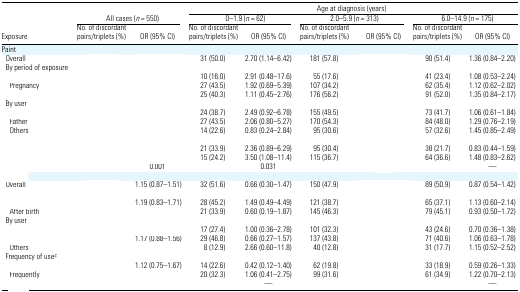
<table><thead><tr><td>[EMPTY_CELL]</td><td colspan="2">[EMPTY_CELL]</td><td colspan="6"><b>Age at diagnosis (years)</b></td></tr><tr><td>[EMPTY_CELL]</td><td colspan="2"><b>All cases (<i>n</i> = 550)</b></td><td colspan="2"><b>0–1.9 (<i>n</i> = 62)</b></td><td colspan="2"><b>2.0–5.9 (<i>n</i> = 313)</b></td><td colspan="2"><b>6.0–14.9 (<i>n</i> = 175)</b></td></tr><tr><td><b>Exposure</b></td><td><b>No. of discordant pairs/triplets (%)</b></td><td><b>OR (95% CI)</b></td><td><b>No. of discordant pairs/triplets (%)</b></td><td><b>OR (95% CI)</b></td><td><b>No. of discordant pairs/triplets (%)</b></td><td><b>OR (95% CI)</b></td><td><b>No. of discordant pairs/triplets (%)</b></td><td><b>OR (95% CI)</b></td></tr></thead><tbody><tr><td colspan="9">Paint</td></tr><tr><td> Overall</td><td>[EMPTY_CELL]</td><td>[EMPTY_CELL]</td><td>31 (50.0)</td><td>2.70 (1.14–6.42)</td><td>181 (57.8)</td><td>[EMPTY_CELL]</td><td>90 (51.4)</td><td>1.36 (0.84–2.20)</td></tr><tr><td colspan="9"> By period of exposure</td></tr><tr><td>[EMPTY_CELL]</td><td>[EMPTY_CELL]</td><td>[EMPTY_CELL]</td><td>10 (16.0)</td><td>2.91 (0.48–17.6)</td><td>55 (17.6)</td><td>[EMPTY_CELL]</td><td>41 (23.4)</td><td>1.08 (0.53–2.24)</td></tr><tr><td>Pregnancy</td><td>[EMPTY_CELL]</td><td>[EMPTY_CELL]</td><td>27 (43.5)</td><td>1.92 (0.69–5.39)</td><td>107 (34.2)</td><td>[EMPTY_CELL]</td><td>62 (35.4)</td><td>1.12 (0.62–2.02)</td></tr><tr><td>[EMPTY_CELL]</td><td>[EMPTY_CELL]</td><td>[EMPTY_CELL]</td><td>25 (40.3)</td><td>1.11 (0.45–2.76)</td><td>176 (56.2)</td><td>[EMPTY_CELL]</td><td>91 (52.0)</td><td>1.35 (0.84–2.17)</td></tr><tr><td colspan="9"> By user</td></tr><tr><td>[EMPTY_CELL]</td><td>[EMPTY_CELL]</td><td>[EMPTY_CELL]</td><td>24 (38.7)</td><td>2.49 (0.92–6.78)</td><td>155 (49.5)</td><td>[EMPTY_CELL]</td><td>73 (41.7)</td><td>1.06 (0.61–1.84)</td></tr><tr><td>Father</td><td>[EMPTY_CELL]</td><td>[EMPTY_CELL]</td><td>27 (43.5)</td><td>2.06 (0.80–5.27)</td><td>170 (54.3)</td><td>[EMPTY_CELL]</td><td>84 (48.0)</td><td>1.29 (0.76–2.19)</td></tr><tr><td>Others</td><td>[EMPTY_CELL]</td><td>[EMPTY_CELL]</td><td>14 (22.6)</td><td>0.83 (0.24–2.84)</td><td>95 (30.6)</td><td>[EMPTY_CELL]</td><td>57 (32.6)</td><td>1.45 (0.85–2.49)</td></tr><tr><td colspan="9">[EMPTY_CELL]</td></tr><tr><td>[EMPTY_CELL]</td><td>[EMPTY_CELL]</td><td>[EMPTY_CELL]</td><td>21 (33.9)</td><td>2.36 (0.89–6.29)</td><td>95 (30.4)</td><td>[EMPTY_CELL]</td><td>38 (21.7)</td><td>0.83 (0.44–1.59)</td></tr><tr><td>[EMPTY_CELL]</td><td>[EMPTY_CELL]</td><td>[EMPTY_CELL]</td><td>15 (24.2)</td><td>3.50 (1.08–11.4)</td><td>115 (36.7)</td><td>[EMPTY_CELL]</td><td>64 (36.6)</td><td>1.48 (0.83–2.62)</td></tr><tr><td>[EMPTY_CELL]</td><td>[EMPTY_CELL]</td><td>0.001</td><td>[EMPTY_CELL]</td><td>0.031</td><td>[EMPTY_CELL]</td><td>[EMPTY_CELL]</td><td>[EMPTY_CELL]</td><td>—</td></tr><tr><td colspan="9">[EMPTY_CELL]</td></tr><tr><td> Overall</td><td>[EMPTY_CELL]</td><td>1.15 (0.87–1.51)</td><td>32 (51.6)</td><td>0.66 (0.30–1.47)</td><td>150 (47.9)</td><td>[EMPTY_CELL]</td><td>89 (50.9)</td><td>0.87 (0.54–1.42)</td></tr><tr><td colspan="9">[EMPTY_CELL]</td></tr><tr><td>[EMPTY_CELL]</td><td>[EMPTY_CELL]</td><td>1.19 (0.83–1.71)</td><td>28 (45.2)</td><td>1.49 (0.49–4.49)</td><td>121 (38.7)</td><td>[EMPTY_CELL]</td><td>65 (37.1)</td><td>1.13 (0.60–2.14)</td></tr><tr><td>After birth</td><td>[EMPTY_CELL]</td><td>[EMPTY_CELL]</td><td>21 (33.9)</td><td>0.60 (0.19–1.87)</td><td>145 (46.3)</td><td>[EMPTY_CELL]</td><td>79 (45.1)</td><td>0.93 (0.50–1.72)</td></tr><tr><td colspan="9"> By user</td></tr><tr><td>[EMPTY_CELL]</td><td>[EMPTY_CELL]</td><td>[EMPTY_CELL]</td><td>17 (27.4)</td><td>1.00 (0.36–2.78)</td><td>101 (32.3)</td><td>[EMPTY_CELL]</td><td>43 (24.6)</td><td>0.70 (0.36–1.38)</td></tr><tr><td>[EMPTY_CELL]</td><td>[EMPTY_CELL]</td><td>1.17 (0.88–1.56)</td><td>29 (46.8)</td><td>0.66 (0.27–1.57)</td><td>137 (43.8)</td><td>[EMPTY_CELL]</td><td>71 (40.6)</td><td>1.06 (0.63–1.78)</td></tr><tr><td>Others</td><td>[EMPTY_CELL]</td><td>[EMPTY_CELL]</td><td>8 (12.9)</td><td>2.66 (0.60–11.8)</td><td>40 (12.8)</td><td>[EMPTY_CELL]</td><td>31 (17.7)</td><td>1.15 (0.52–2.52)</td></tr><tr><td colspan="9"> Frequency of usec</td></tr><tr><td>[EMPTY_CELL]</td><td>[EMPTY_CELL]</td><td>1.12 (0.75–1.67)</td><td>14 (22.6)</td><td>0.42 (0.12–1.40)</td><td>62 (19.8)</td><td>[EMPTY_CELL]</td><td>33 (18.9)</td><td>0.59 (0.26–1.33)</td></tr><tr><td>Frequently</td><td>[EMPTY_CELL]</td><td>[EMPTY_CELL]</td><td>20 (32.3)</td><td>1.06 (0.41–2.75)</td><td>99 (31.6)</td><td>[EMPTY_CELL]</td><td>61 (34.9)</td><td>1.22 (0.70–2.13)</td></tr><tr><td>[EMPTY_CELL]</td><td>[EMPTY_CELL]</td><td>[EMPTY_CELL]</td><td>[EMPTY_CELL]</td><td>—</td><td>[EMPTY_CELL]</td><td>[EMPTY_CELL]</td><td>[EMPTY_CELL]</td><td>—</td></tr></tbody></table>